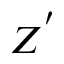
Z ^ { ' }